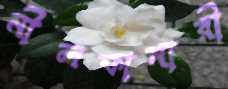
নীলফামারী